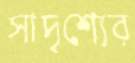
সাদৃশ্যের